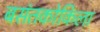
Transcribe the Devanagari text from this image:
बसंतकोकिला